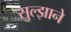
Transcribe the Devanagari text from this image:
सुल्झाने